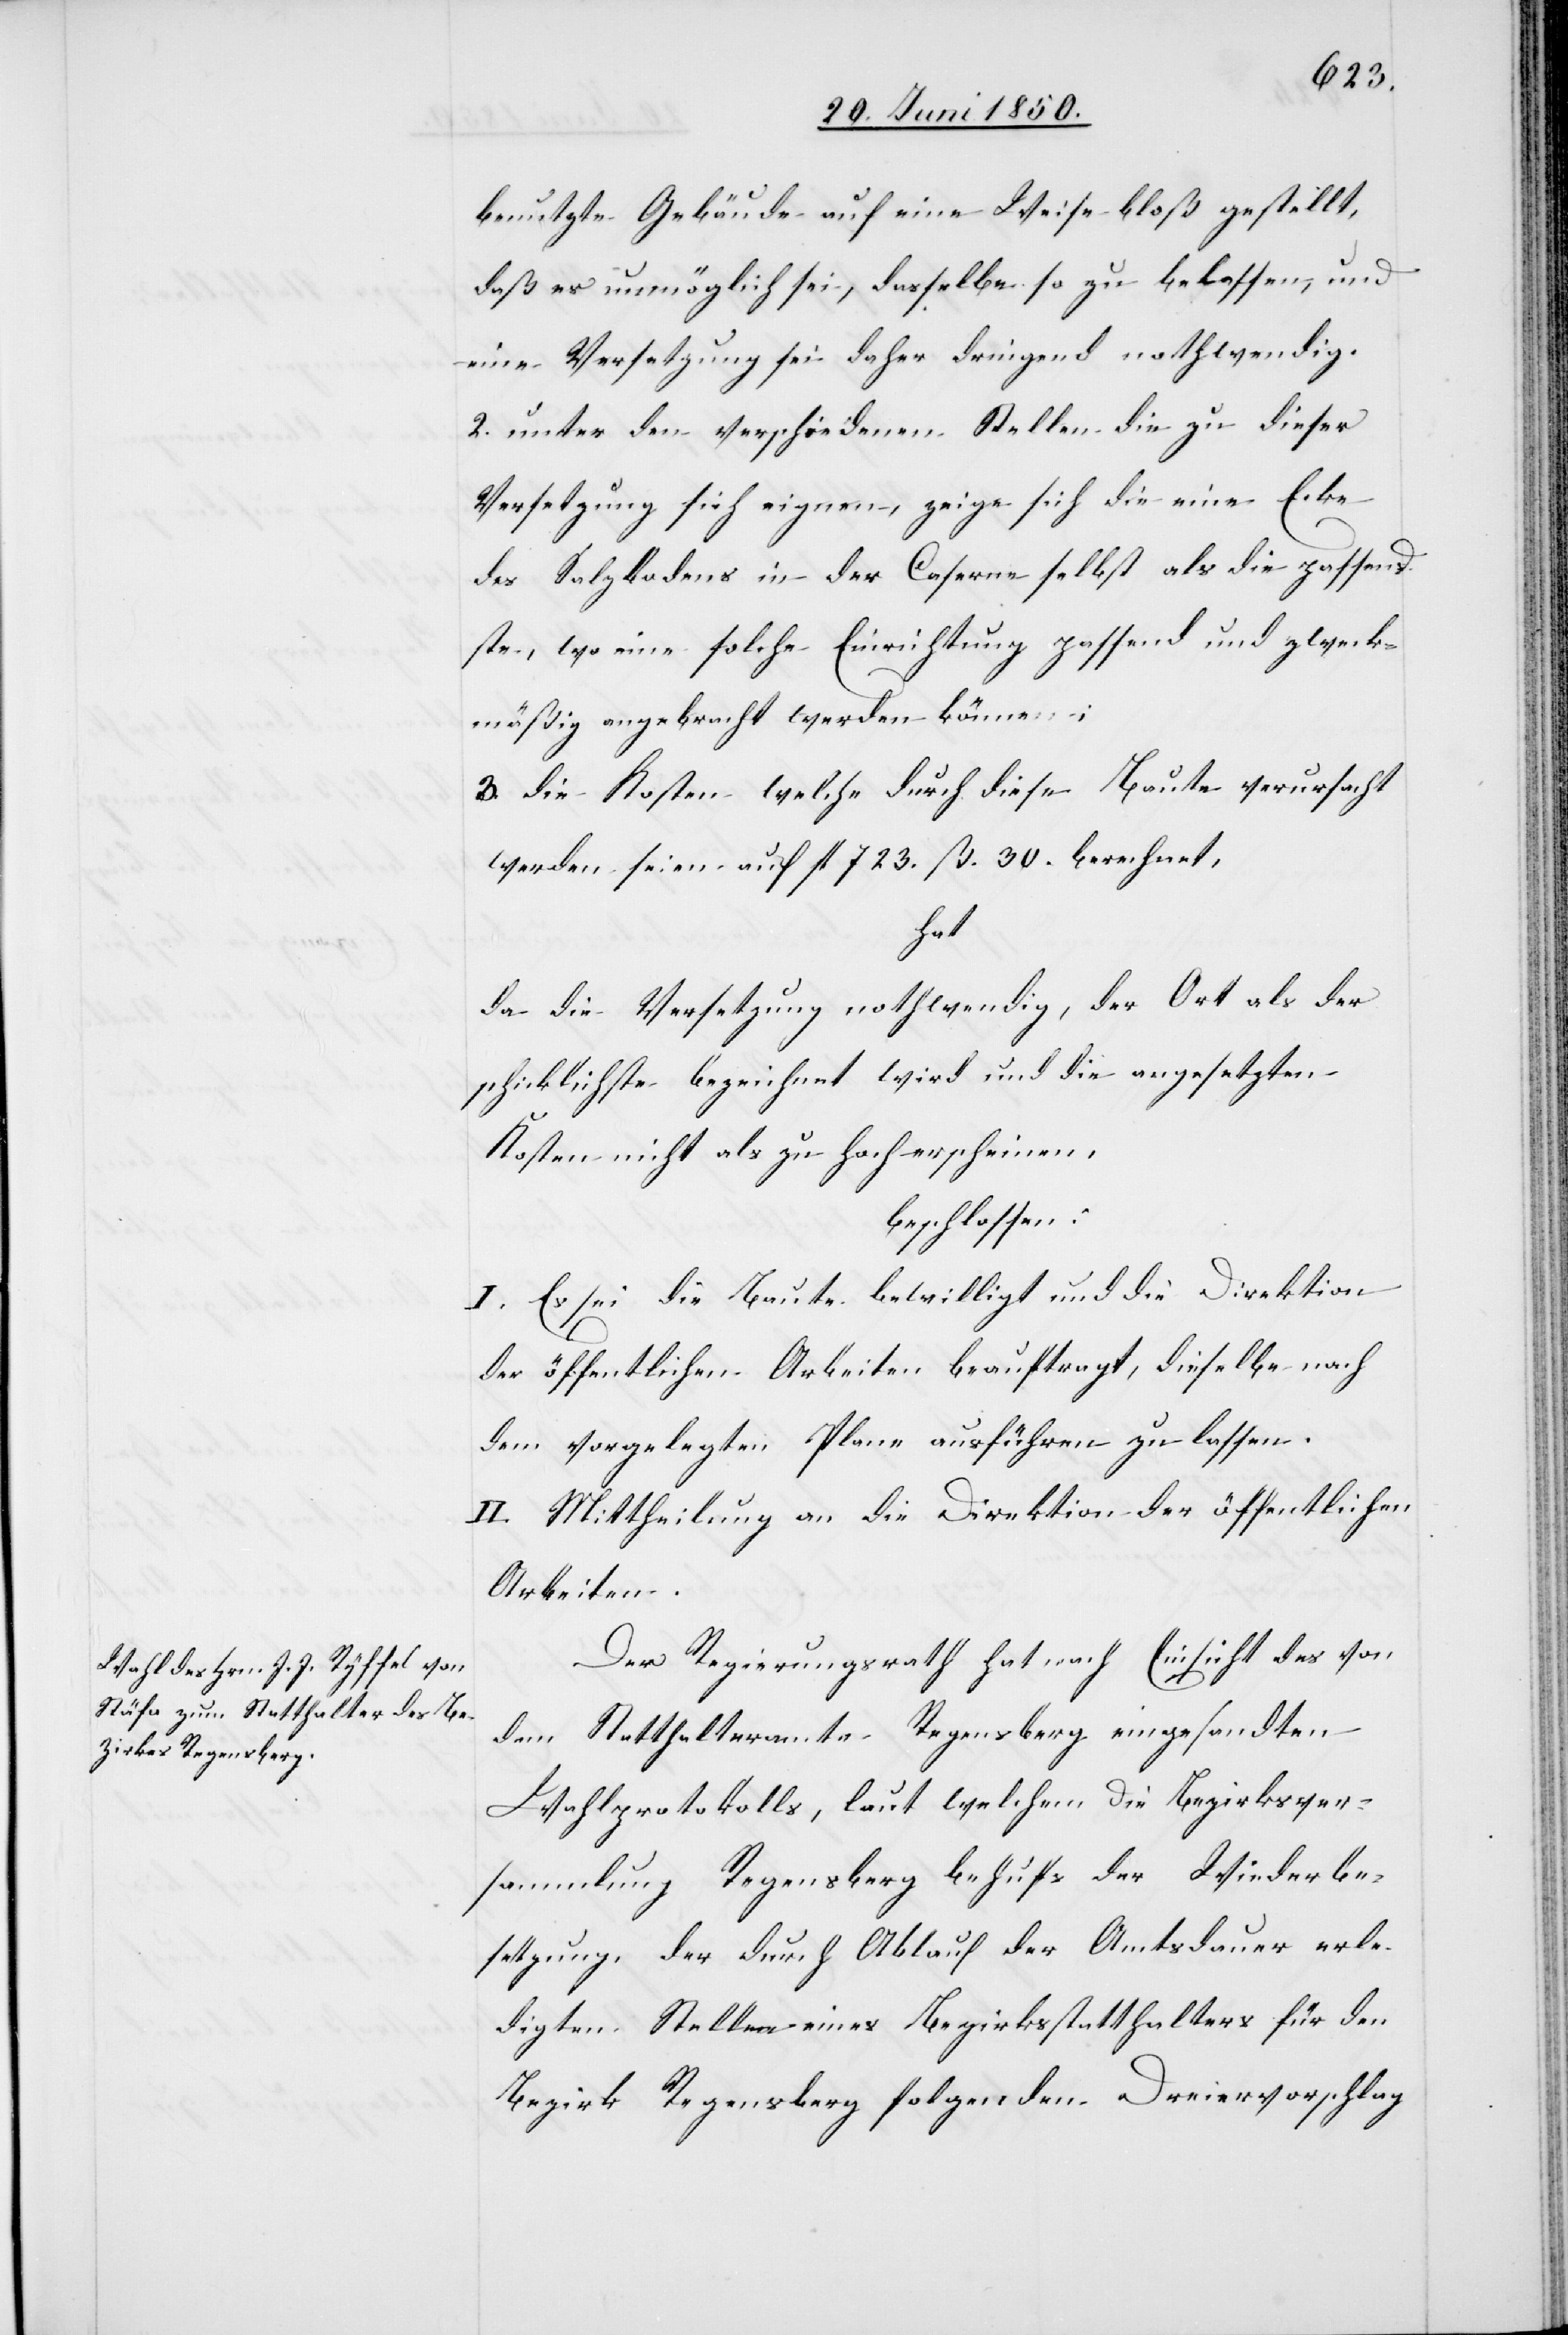
benutzte Gebäude auf eine Weise bloß gestellt,
daß es unmöglich sei, dasselbe so zu belassen, und
eine Versetzung sei daher dringend nothwendig.
2. unter den verschiedenen Stellen die zu dieser
Versetzung sich eignen, zeige sich die eine Ecke
des Salzbodens in der Caserne selbst als die passend¬
ste, wo eine solche Einrichtung passend und zweck¬
mäßig angebracht werden könne,
3. die Kosten welche durch diese Baute verursacht
werden seien auf fl 723. ß. 30. berechnet,
hat
da die Versetzung nothwendig, der Ort als der
schicklichste bezeichnet wird und die angesetzten
Kosten nicht als zu hoch erscheinen,
beschlossen:
I. Es sei die Baute bewilligt und die Direktion
der öffentlichen Arbeiten beauftragt, dieselbe nach
dem vorgelegten Plane ausführen zu lassen.
II. Mittheilung an die Direktion der öffentlichen
Arbeiten.
Der Regierungsrath hat nach Einsicht des von
dem Statthalteramte Regensberg eingesandten
Wahlprotokolls, laut welchem die Bezirksver¬
sammlung Regensberg behufs der Wiederbe¬
setzung, der durch Ablauf der Amtsdauer erle¬
digten Stelle eines Bezirksstatthalters für den
Bezirk Regensberg folgenden Dreiervorschlag